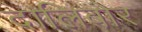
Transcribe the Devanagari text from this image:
दालिबोर